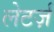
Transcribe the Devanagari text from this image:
लेटर्ज़